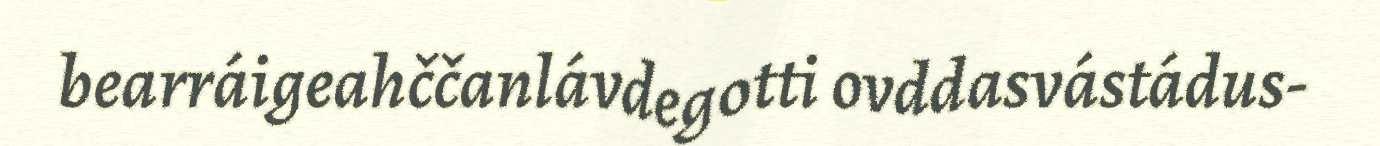
bearráigeahččanlávdegotti ovddasvástádus-